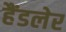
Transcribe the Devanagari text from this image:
हैंडलेर